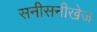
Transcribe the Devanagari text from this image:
सनीसनीखेज